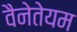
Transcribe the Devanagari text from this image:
वैनेतेयम